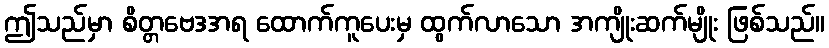
ဤသည်မှာ စိတ္တဗေဒအရ ထောက်ကူပေးမှ ထွက်လာသော အကျိုးဆက်မျိုး ဖြစ်သည်။